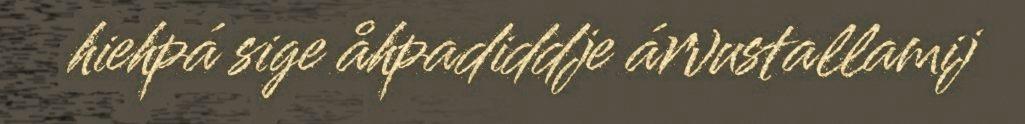
hiehpá sige åhpadiddje árvustallamij